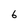
Character: 6